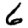
Digit: 6